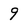
Character: 9